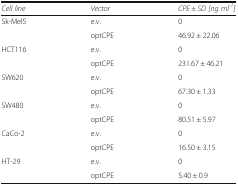
| Cell line | Vector | CPE ± SD[ng ml-1] |
 | --- | --- | --- |
 | Sk-Mel5 | e.v. | 0 |
 |  | optCPE | 46.92 ± 22.06 |
 | HCT116 | e.v. | 0 |
 |  | optCPE | 231.67 ± 46.21 |
 | SW620 | e.v. | 0 |
 |  | optCPE | 67.30 ± 1.33 |
 | SW480 | e.v. | 0 |
 |  | optCPE | 80.51 ± 5.97 |
 | CaCo-2 | e.v. | 0 |
 |  | optCPE | 16.50 ± 3.15 |
 | HT-29 | e.v. | 0 |
 |  | optCPE | 5.40 ± 0.9 |